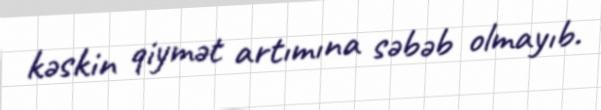
kəskin qiymət artımına səbəb olmayıb.